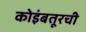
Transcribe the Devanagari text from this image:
कोइंबतूरची